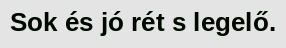
Sok és jó rét s legelő.